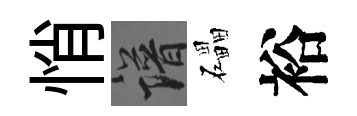
悄譜礧裕